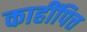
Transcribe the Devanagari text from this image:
काहींपित्त